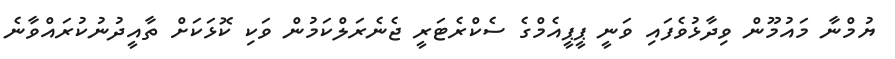
ޔުމްނާ މައުމޫން ވިދާޅުވެފައި ވަނީ ޕީޕީއެމްގެ ސެކްރެޓަރީ ޖެނެރަލްކަމުން ވަކި ކޮޅަކަށް ތާއީދުނުކުރައްވާނެ